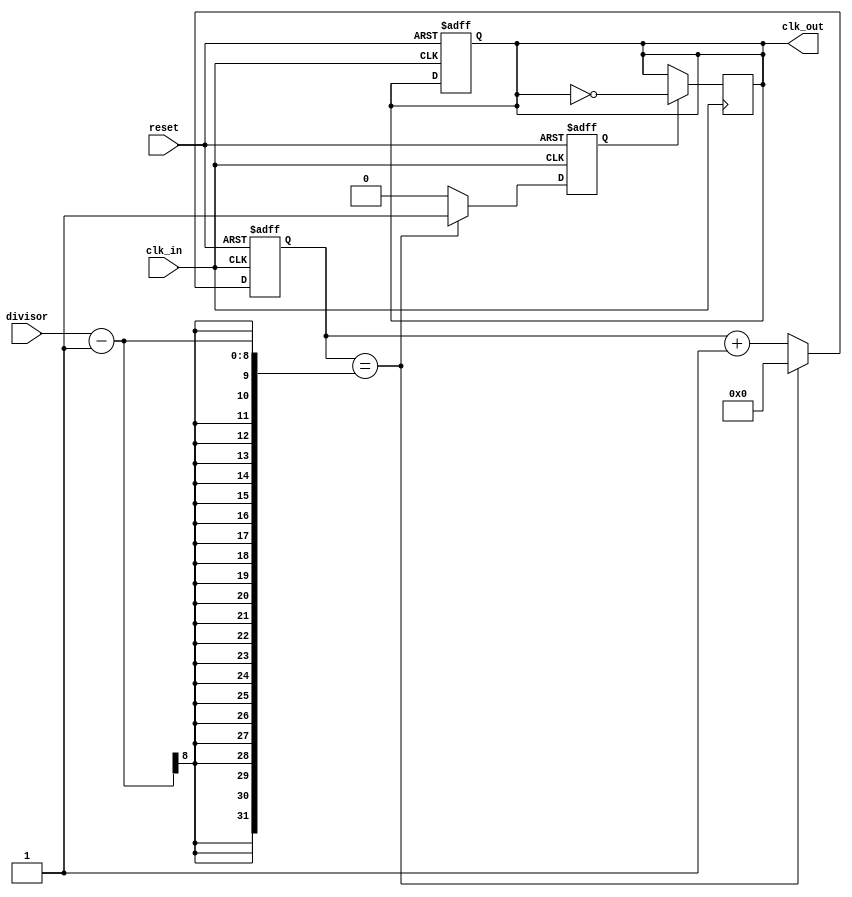
module fractional_clock_divider (
    input wire clk_in,
    input wire reset,
    input wire [7:0] divisor,
    output reg clk_out
);

reg [7:0] count;
reg divider_done;

always @ (posedge clk_in or posedge reset) begin
    if (reset) begin
        count <= 8'b0;
        divider_done <= 1'b0;
        clk_out <= 1'b0;
    end else begin
        if (count == divisor - 1) begin
            count <= 8'b0;
            divider_done <= 1'b1;
        end else begin
            count <= count + 1;
            divider_done <= 1'b0;
        end
    end
end

always @ (posedge clk_in) begin
    if (divider_done) begin
        clk_out <= ~clk_out;
    end
end

endmodule